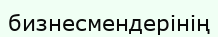
бизнесмендерінің